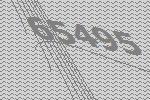
65495